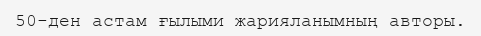
50-ден астам ғылыми жарияланымның авторы.